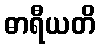
ဓာရီယတိ